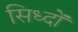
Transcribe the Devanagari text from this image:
सिध्दों